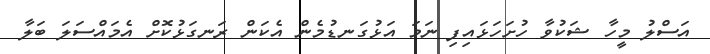
އަސްލު މީހާ ޝަކުވާ ހުށަހަޅައިފި ނަމަ އަޅުގަނޑުމެން އެކަން ރަނގަޅުކޮށް އެމައްސަލަ ބަލާ